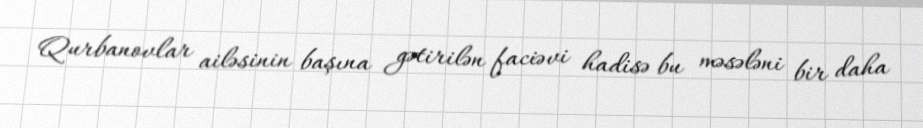
Qurbanovlar ailəsinin başına gətirilən faciəvi hadisə bu məsələni bir daha